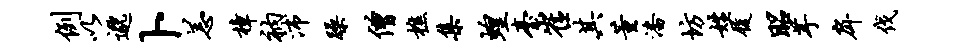
例以邈卜恙樟衲沛躁僧樵集蝗台崔其董潘坊姓履昭芋戽伐